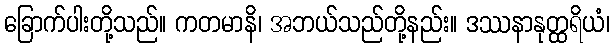
ခြောက်ပါးတို့သည်။ ကတမာနိ၊ အဘယ်သည်တို့နည်း။ ဒဿနာနုတ္ထရိယံ၊